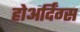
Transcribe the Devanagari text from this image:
होअर्दिंग्स